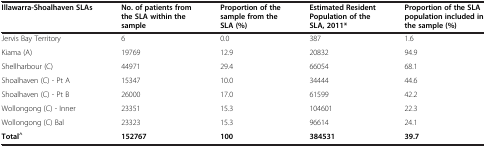
| Illawarra-Shoalhaven SLAs | No. of patients from the SLA within the sample | Proportion of the sample from the SLA (%) | Estimated Resident Population of the SLA, 2011* | Proportion of the SLA population included in the sample (%) |
 | --- | --- | --- | --- | --- |
 | Jervis Bay Territory | 6 | 0.0 | 387 | 1.6 |
 | Kiama (A) | 19769 | 12.9 | 20832 | 94.9 |
 | Shellharbour (C) | 44971 | 29.4 | 66054 | 68.1 |
 | Shoalhaven (C) - Pt A | 15347 | 10.0 | 34444 | 44.6 |
 | Shoalhaven (C) - Pt B | 26000 | 17.0 | 61599 | 42.2 |
 | Wollongong (C) - Inner | 23351 | 15.3 | 104601 | 22.3 |
 | Wollongong (C) Bal | 23323 | 15.3 | 96614 | 24.1 |
 | Total^ | 152767 | 100 | 384531 | 39.7 |